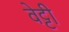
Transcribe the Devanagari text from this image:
वेट्टी